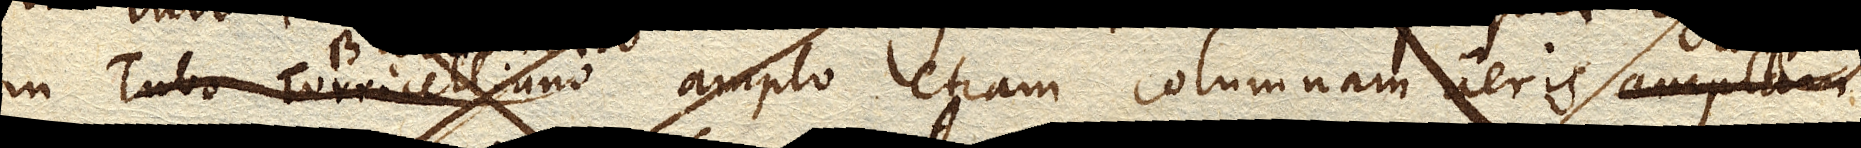
in Tubo TorricellianoBarometro nihil refert; ratio est quia Mercurius